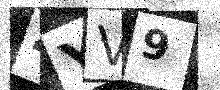
Text: 4YV9